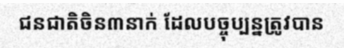
ជនជាតិចិន៣នាក់ ដែលបច្ចុប្បន្នត្រូវបាន